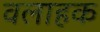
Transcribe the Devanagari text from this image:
वलाहक